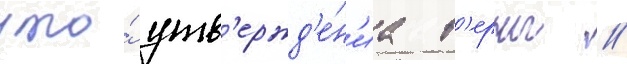
что́ утв'ержд'е́н'иа в'ерны //